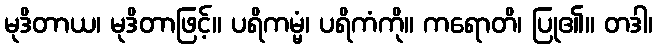
မုဒိတာယ၊ မုဒိတာဖြင့်။ ပရိကမ္မံ၊ ပရိကံကို။ ကရောတိ၊ ပြု၏။ တဒါ၊